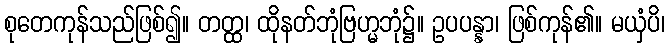
စုတေကုန်သည်ဖြစ်၍။ တတ္ထ၊ ထိုနတ်ဘုံဗြဟ္မဘုံ၌။ ဥပပန္နာ၊ ဖြစ်ကုန်၏။ မယှံပိ၊